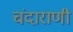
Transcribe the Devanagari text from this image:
चंदाराणी